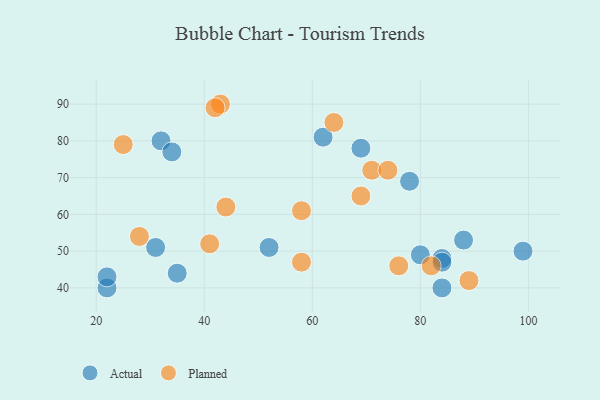
{"axis": {"x": "GDP", "y": "Life Expectancy"}, "legend": ["Actual", "Planned"], "data": [{"x": "22", "y": 40, "type": "Actual"}, {"x": "32", "y": 80, "type": "Actual"}, {"x": "62", "y": 81, "type": "Actual"}, {"x": "31", "y": 51, "type": "Actual"}, {"x": "84", "y": 48, "type": "Actual"}, {"x": "80", "y": 49, "type": "Actual"}, {"x": "88", "y": 53, "type": "Actual"}, {"x": "22", "y": 43, "type": "Actual"}, {"x": "99", "y": 50, "type": "Actual"}, {"x": "78", "y": 69, "type": "Actual"}, {"x": "84", "y": 47, "type": "Actual"}, {"x": "35", "y": 44, "type": "Actual"}, {"x": "52", "y": 51, "type": "Actual"}, {"x": "34", "y": 77, "type": "Actual"}, {"x": "69", "y": 78, "type": "Actual"}, {"x": "84", "y": 40, "type": "Actual"}, {"x": "58", "y": 61, "type": "Planned"}, {"x": "43", "y": 90, "type": "Planned"}, {"x": "25", "y": 79, "type": "Planned"}, {"x": "82", "y": 46, "type": "Planned"}, {"x": "71", "y": 72, "type": "Planned"}, {"x": "76", "y": 46, "type": "Planned"}, {"x": "28", "y": 54, "type": "Planned"}, {"x": "69", "y": 65, "type": "Planned"}, {"x": "58", "y": 47, "type": "Planned"}, {"x": "42", "y": 89, "type": "Planned"}, {"x": "44", "y": 62, "type": "Planned"}, {"x": "64", "y": 85, "type": "Planned"}, {"x": "41", "y": 52, "type": "Planned"}, {"x": "74", "y": 72, "type": "Planned"}, {"x": "89", "y": 42, "type": "Planned"}]}